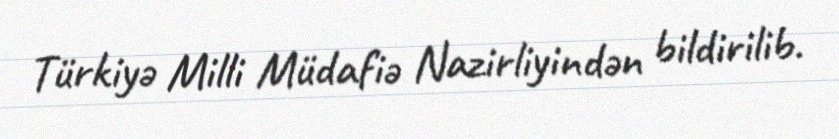
Türkiyə Milli Müdafiə Nazirliyindən bildirilib.